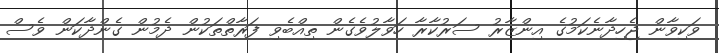
ވަކިވާން ޖެހިދާނެކަމުގެ އިންޒާރު ސަރުކާރާ ހަވާލުވެގެން ތިއްބެވި ފަރާތްތަކުން ދެމުން ގެންދާކަން ވެސް